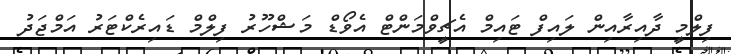
ފިލްމީ ދާއިރާއިން ލައިފް ޓައިމް އެޗީވްމަންޓް އެވޯޑް މަޝްހޫރު ފިލްމް ޑައިރެކްޓަރު އަމްޖަދު